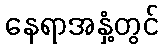
နေရာအနှံ့တွင်